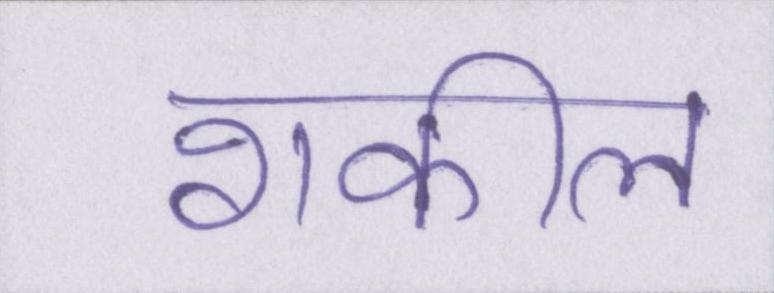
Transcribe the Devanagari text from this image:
शकील